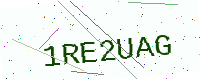
Text: 1RE2UAG